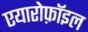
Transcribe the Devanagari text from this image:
एयारोफ़ॉइल